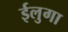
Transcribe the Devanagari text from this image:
ईलुगा